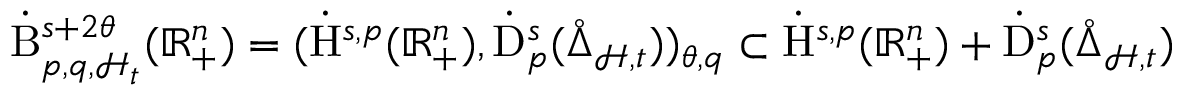
\dot { \mathrm { B } } _ { p , q , \mathcal { H } _ { \mathfrak { t } } } ^ { s + 2 \theta } ( \mathbb { R } _ { + } ^ { n } ) = ( \dot { \mathrm { H } } ^ { s , p } ( \mathbb { R } _ { + } ^ { n } ) , \dot { \mathrm { D } } _ { p } ^ { s } ( \mathring { \Delta } _ { \mathcal { H } , \mathfrak { t } } ) ) _ { \theta , q } \subset \dot { \mathrm { H } } ^ { s , p } ( \mathbb { R } _ { + } ^ { n } ) + \dot { \mathrm { D } } _ { p } ^ { s } ( \mathring { \Delta } _ { \mathcal { H } , \mathfrak { t } } )